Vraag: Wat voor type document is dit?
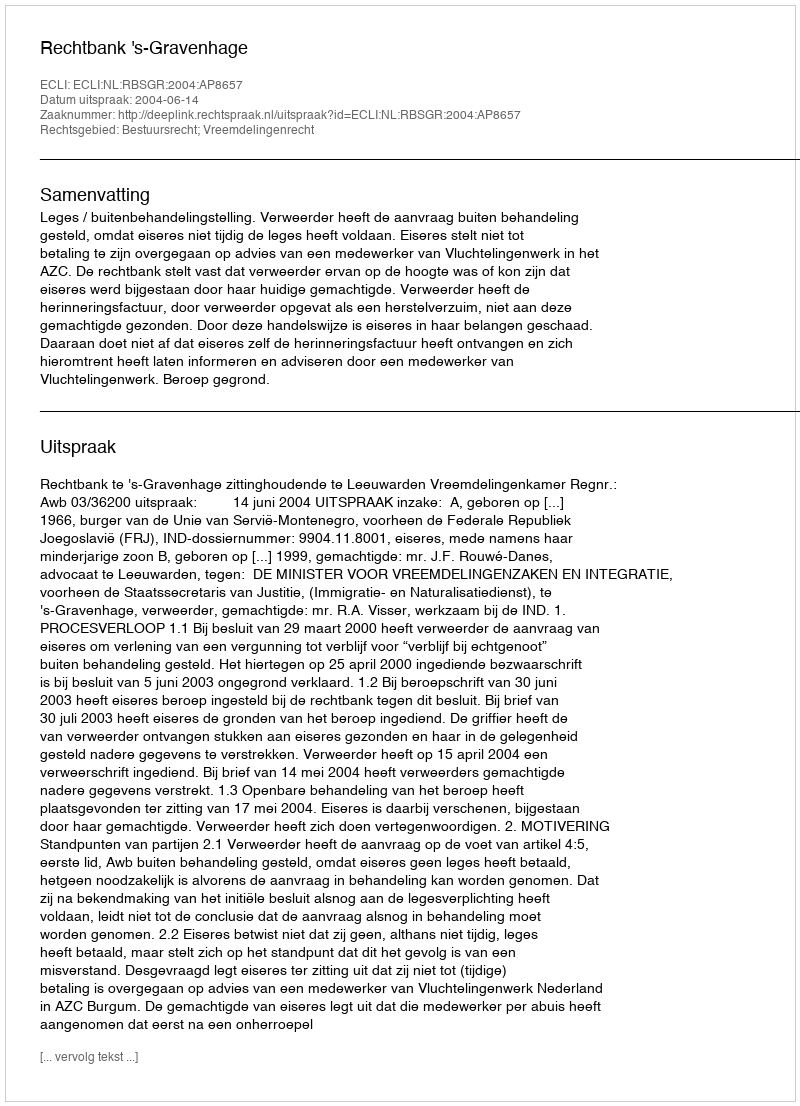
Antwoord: Uitspraak